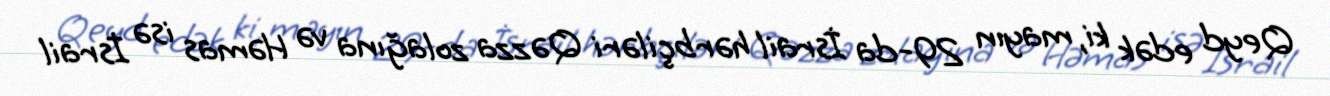
Qeyd edək ki, mayın 29-da İsrail hərbçiləri Qəzza zolağına və Həmas isə İsrail